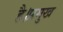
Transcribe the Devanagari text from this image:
है।प्रमुख